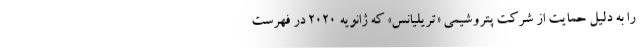
را به دلیل حمایت از شرکت پتروشیمی «تریلیانس» که ژانویه ۲۰۲۰ در فهرست